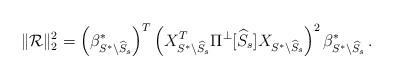
LaTeX: \begin{align*}\|{\cal R}\|_2^2 = \left(\beta^*_{S^* \backslash \widehat{S}_s}\right)^T \left(X_{S^* \backslash \widehat{S}_s}^T \Pi^{\perp}[\widehat{S}_s] X_{S^* \backslash \widehat{S}_s}\right)^2 \beta^*_{S^* \backslash \widehat{S}_s} \,.\end{align*}